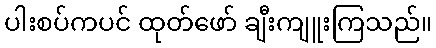
ပါးစပ်ကပင် ထုတ်ဖော် ချီးကျူးကြသည်။